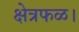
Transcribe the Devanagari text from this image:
क्षेत्रफळ।